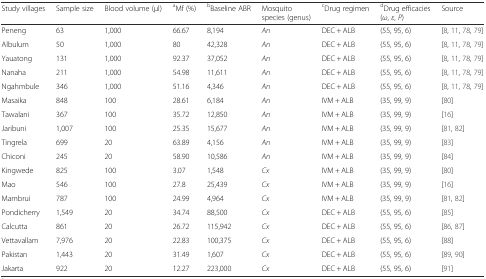
<table><thead><tr><td><b>Study villages</b></td><td><b>Sample size</b></td><td><b>Blood volume (μl)</b></td><td><b><sup>a</sup>Mf (%)</b></td><td><b><sup>b</sup>Baseline ABR</b></td><td><b>Mosquito species (genus)</b></td><td><b><sup>c</sup>Drug regimen</b></td><td><b><sup>d</sup>Drug efficacies (<i>ω</i>, <i>ε</i>, <i>P</i>)</b></td><td><b>Source</b></td></tr></thead><tbody><tr><td>Peneng</td><td>63</td><td>1,000</td><td>66.67</td><td>8,194</td><td><i>An</i></td><td>DEC + ALB</td><td>(55, 95, 6)</td><td>[8, 11, 78, 79]</td></tr><tr><td>Albulum</td><td>50</td><td>1,000</td><td>80</td><td>42,328</td><td><i>An</i></td><td>DEC + ALB</td><td>(55, 95, 6)</td><td>[8, 11, 78, 79]</td></tr><tr><td>Yauatong</td><td>131</td><td>1,000</td><td>92.37</td><td>37,052</td><td><i>An</i></td><td>DEC + ALB</td><td>(55, 95, 6)</td><td>[8, 11, 78, 79]</td></tr><tr><td>Nanaha</td><td>211</td><td>1,000</td><td>54.98</td><td>11,611</td><td><i>An</i></td><td>DEC + ALB</td><td>(55, 95, 6)</td><td>[8, 11, 78, 79]</td></tr><tr><td>Ngahmbule</td><td>346</td><td>1,000</td><td>51.16</td><td>4,346</td><td><i>An</i></td><td>DEC + ALB</td><td>(55, 95, 6)</td><td>[8, 11, 78, 79]</td></tr><tr><td>Masaika</td><td>848</td><td>100</td><td>28.61</td><td>6,184</td><td><i>An</i></td><td>IVM + ALB</td><td>(35, 99, 9)</td><td>[80]</td></tr><tr><td>Tawalani</td><td>367</td><td>100</td><td>35.72</td><td>12,850</td><td><i>An</i></td><td>IVM + ALB</td><td>(35, 99, 9)</td><td>[16]</td></tr><tr><td>Jaribuni</td><td>1,007</td><td>100</td><td>25.35</td><td>15,677</td><td><i>An</i></td><td>IVM + ALB</td><td>(35, 99, 9)</td><td>[81, 82]</td></tr><tr><td>Tingrela</td><td>699</td><td>20</td><td>63.89</td><td>4,156</td><td><i>An</i></td><td>IVM + ALB</td><td>(35, 99, 9)</td><td>[83]</td></tr><tr><td>Chiconi</td><td>245</td><td>20</td><td>58.90</td><td>10,586</td><td><i>An</i></td><td>IVM + ALB</td><td>(35, 99, 9)</td><td>[84]</td></tr><tr><td>Kingwede</td><td>825</td><td>100</td><td>3.07</td><td>1,548</td><td><i>Cx</i></td><td>IVM + ALB</td><td>(35, 99, 9)</td><td>[80]</td></tr><tr><td>Mao</td><td>546</td><td>100</td><td>27.8</td><td>25,439</td><td><i>Cx</i></td><td>IVM + ALB</td><td>(35, 99, 9)</td><td>[16]</td></tr><tr><td>Mambrui</td><td>787</td><td>100</td><td>24.99</td><td>4,964</td><td><i>Cx</i></td><td>IVM + ALB</td><td>(35, 99, 9)</td><td>[81, 82]</td></tr><tr><td>Pondicherry</td><td>1,549</td><td>20</td><td>34.74</td><td>88,500</td><td><i>Cx</i></td><td>DEC + ALB</td><td>(55, 95, 6)</td><td>[85]</td></tr><tr><td>Calcutta</td><td>861</td><td>20</td><td>26.72</td><td>115,942</td><td><i>Cx</i></td><td>DEC + ALB</td><td>(55, 95, 6)</td><td>[86, 87]</td></tr><tr><td>Vettavallam</td><td>7,976</td><td>20</td><td>22.83</td><td>100,375</td><td><i>Cx</i></td><td>DEC + ALB</td><td>(55, 95, 6)</td><td>[88]</td></tr><tr><td>Pakistan</td><td>1,443</td><td>20</td><td>31.49</td><td>1,607</td><td><i>Cx</i></td><td>DEC + ALB</td><td>(55, 95, 6)</td><td>[89, 90]</td></tr><tr><td>Jakarta</td><td>922</td><td>20</td><td>12.27</td><td>223,000</td><td><i>Cx</i></td><td>DEC + ALB</td><td>(55, 95, 6)</td><td>[91]</td></tr></tbody></table>